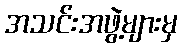
အသင်းအဖွဲ့များမှ